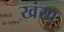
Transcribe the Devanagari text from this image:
खंख